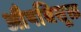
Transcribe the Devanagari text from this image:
औषधिसूक्त